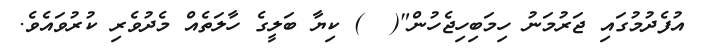
އުފެދުމުގައި ޖަރުމަނު ހިމަބިހިޖެހުން"(  ) ކިޔާ ބަލީގެ ހާލަތެއް މެދުވެރި ކުރުވައެވެ.